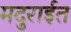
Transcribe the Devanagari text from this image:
मदुराईत